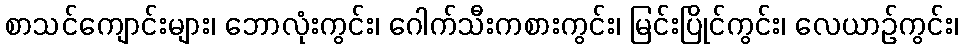
စာသင်ကျောင်းများ၊ ဘောလုံးကွင်း၊ ဂေါက်သီးကစားကွင်း၊ မြင်းပြိုင်ကွင်း၊ လေယာဉ်ကွင်း၊